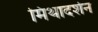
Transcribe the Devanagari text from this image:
मिथादर्शन